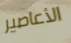
الأعاصير